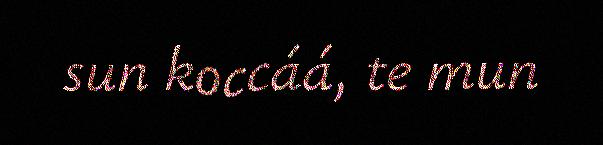
sun koccáá, te mun